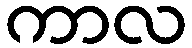
ကာလ